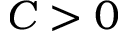
C > 0